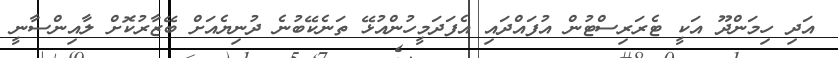
އަދި ހިމަންދޫ އަކީ ޓެރަރިސްޓުން އުފައްދައި އެފަދަމީހުންއުޅޭ ތަނެކޭބުނެ ދުނިޔެއަށް ބޭޒާރުކޮށް ލާއިންސާނީ